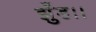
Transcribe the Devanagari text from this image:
झुँड।।